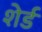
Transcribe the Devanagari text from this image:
शेर्ड